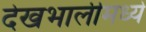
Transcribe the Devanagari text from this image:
देखभालीमध्ये